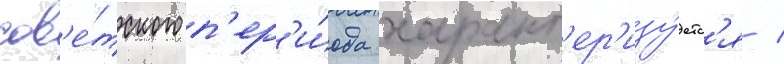
сов'е́тского п'ер'и́ода характ'ер'изу́етс'я /